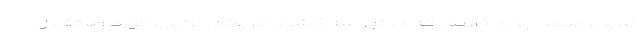
نلاین، محمد جواد ظریف که در تور سه کشور آمریکای لاتین، مورد استقبال